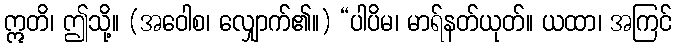
ဣတိ၊ ဤသို့။ (အဝေါစ၊ လျှောက်၏။) “ပါပိမ၊ မာရ်နတ်ယုတ်။ ယထာ၊ အကြင်